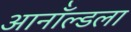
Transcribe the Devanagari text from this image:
आर्नॉल्डला